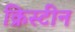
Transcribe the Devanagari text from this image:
क्रिस्‍टीन